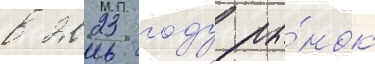
в 2023 году ры́нок